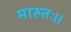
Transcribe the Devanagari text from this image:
मारुतः।।